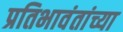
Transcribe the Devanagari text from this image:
प्रतिभावंतांच्या